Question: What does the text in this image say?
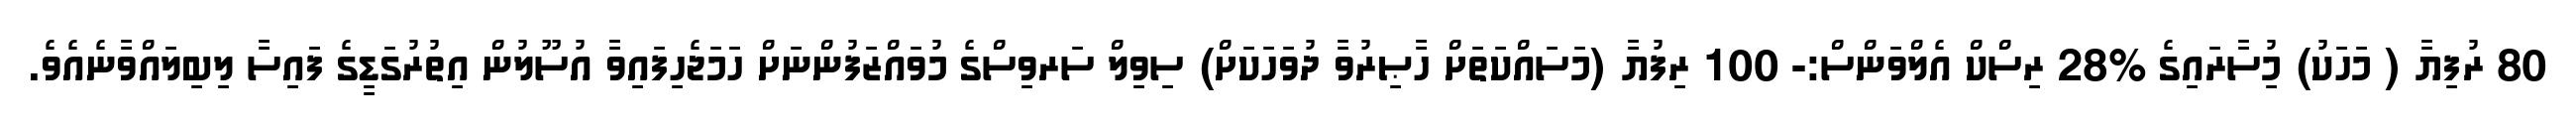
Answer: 80 ރުފިޔާ ( މަހަކު) މުިސާރައިގެ %28 ރިސްކް އެލްވަންސް:- 100 ރިފުޔާ (މަސައްކަތަށް ހާޞިރުވާ ދުވަހަކަށް) ސިވިލް ސަރވިސްގެ މުވައްޒަފުންނަށް ހަމަޖެހިފައިވާ އުސޫލުން އިތުރުގަޑީގެ ފައިސާ ލިބިލައްވާނެއެވެ.